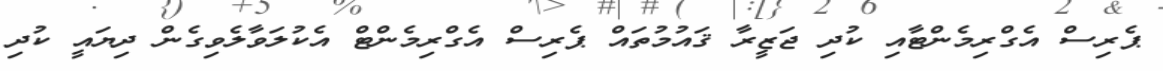
ޕެރިސް އެގްރިމެންޓާއި ކުދި ޖަޒީރާ ޤައުމުތައް ޕެރިސް އެގްރިމެންޓް އެކުލަވާލެވިގެން ދިޔައީ ކުދި